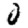
Digit: 0